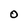
Character: 0